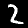
Label: 2